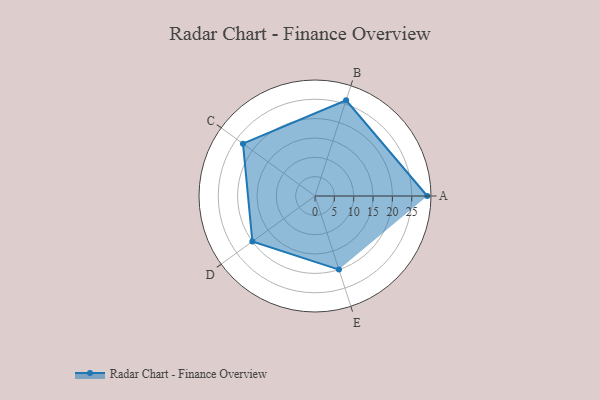
{"axis": {"x": "Skill", "y": "Score"}, "legend": ["Profile"], "data": [{"x": "A", "y": 29.0, "type": "Profile"}, {"x": "B", "y": 26.0, "type": "Profile"}, {"x": "C", "y": 23.0, "type": "Profile"}, {"x": "D", "y": 20, "type": "Profile"}, {"x": "E", "y": 20, "type": "Profile"}]}